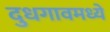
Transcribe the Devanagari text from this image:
दुधगावमध्ये